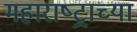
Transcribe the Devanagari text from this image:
महाराष्‍ट्राच्या